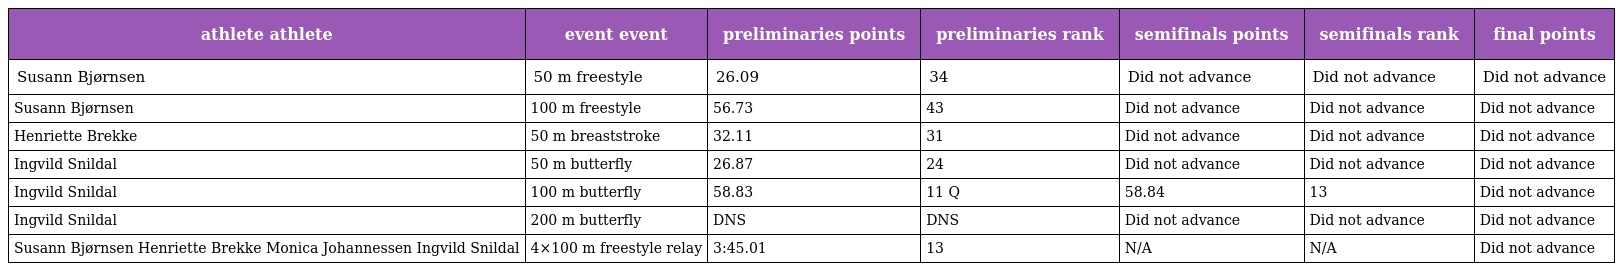
| athlete athlete | event event | preliminaries points | preliminaries rank | semifinals points | semifinals rank | final points |
 | --- | --- | --- | --- | --- | --- | --- |
 | Susann Bjørnsen | 50 m freestyle | 26.09 | 34 | Did not advance | Did not advance | Did not advance |
 | Susann Bjørnsen | 100 m freestyle | 56.73 | 43 | Did not advance | Did not advance | Did not advance |
 | Henriette Brekke | 50 m breaststroke | 32.11 | 31 | Did not advance | Did not advance | Did not advance |
 | Ingvild Snildal | 50 m butterfly | 26.87 | 24 | Did not advance | Did not advance | Did not advance |
 | Ingvild Snildal | 100 m butterfly | 58.83 | 11 Q | 58.84 | 13 | Did not advance |
 | Ingvild Snildal | 200 m butterfly | DNS | DNS | Did not advance | Did not advance | Did not advance |
 | Susann Bjørnsen Henriette Brekke Monica Johannessen Ingvild Snildal | 4×100 m freestyle relay | 3:45.01 | 13 | N/A | N/A | Did not advance |